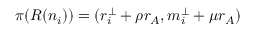
\pi ( R ( n _ { i } ) ) = ( r _ { i } ^ { \perp } + \rho r _ { A } , m _ { i } ^ { \perp } + \mu r _ { A } )